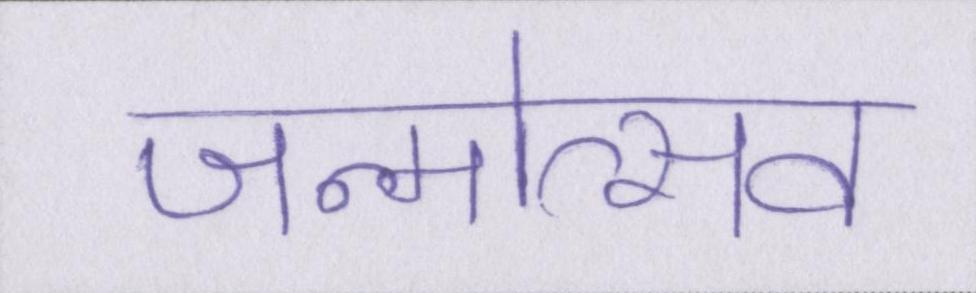
जन्मोत्सव